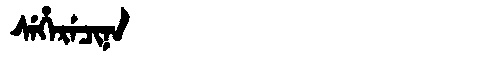
Manchu: ᠰᡝᡥᡝᡵᡝᠴᡳᠨᠠ
Romanization: SEHERECINA